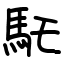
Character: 馲